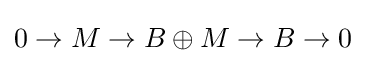
0\to M\to B\oplus M\to B\to 0